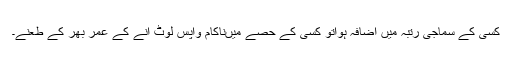
کسی کے سماجی رتبہ میں اضافہ ہواتو کسی کے حصے میںناکام واپس لوٹ آنے کے عمر بھر کے طعنے۔